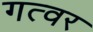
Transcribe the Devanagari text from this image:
गत्वर